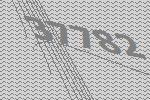
37782